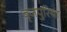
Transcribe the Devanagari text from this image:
बृजपुरिया